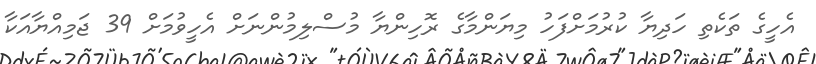
އެހީގެ ތަކެތި ހަދިޔާ ކުރުމަށްފަހު މިޔަންމާގެ ރޮހިންޔާ މުސްލިމުންނަށް އެހީވުމަށް 39 ޖަމިއްޔާއަކާ